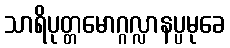
သာရိပုတ္တမောဂ္ဂလ္လာနပ္ပမုခေ